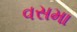
વસમા